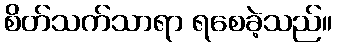
စိတ်သက်သာရာ ရစေခဲ့သည်။